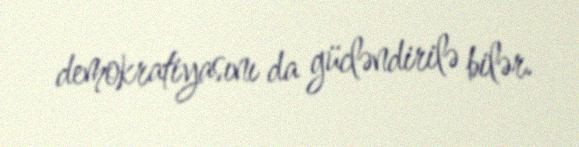
demokratiyasını da gücləndirilə bilər.